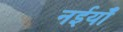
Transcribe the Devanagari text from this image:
नईयाँ